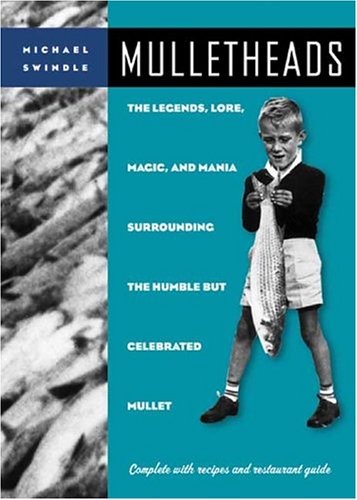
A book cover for Mulletheads; Michael Swindle; Humor & Entertainment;